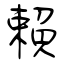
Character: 賴